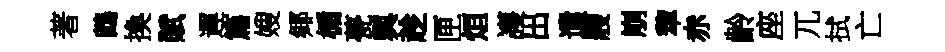
著鷓換賦遲篇嫂鄊楯甍輿趁匣烜護出遣艘崩犂赤齡座兀拭亡